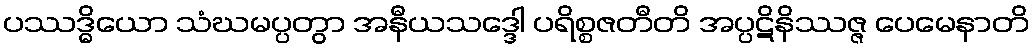
ပဿဒ္ဓိယော သံဃမပ္ပတွာ အနီယသဒ္ဒေါ ပရိစ္စဇတီတိ အပ္ပဋိနိဿဇ္ဇ ပေမေနာတိ